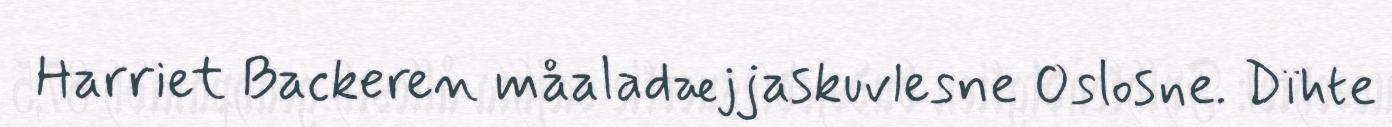
Harriet Backeren måaladæjjaskuvlesne Oslosne. Dïhte